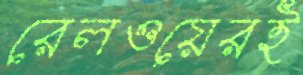
রেলওয়েরই